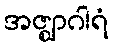
အဇ္ဈာဂါရံ